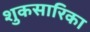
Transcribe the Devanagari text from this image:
शुकसारिका